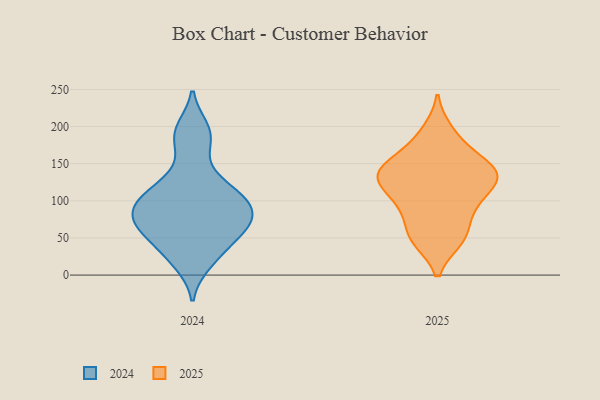
{"axis": {"x": "Latency (ms)", "y": "Value"}, "legend": ["2024", "2025"], "data": [{"x": "", "y": 39, "type": "2024"}, {"x": "", "y": 192, "type": "2024"}, {"x": "", "y": 84, "type": "2024"}, {"x": "", "y": 90, "type": "2024"}, {"x": "", "y": 174, "type": "2024"}, {"x": "", "y": 59, "type": "2024"}, {"x": "", "y": 109, "type": "2024"}, {"x": "", "y": 68, "type": "2024"}, {"x": "", "y": 99, "type": "2024"}, {"x": "", "y": 71, "type": "2024"}, {"x": "", "y": 65, "type": "2024"}, {"x": "", "y": 16, "type": "2024"}, {"x": "", "y": 57, "type": "2024"}, {"x": "", "y": 132, "type": "2024"}, {"x": "", "y": 121, "type": "2024"}, {"x": "", "y": 95, "type": "2024"}, {"x": "", "y": 197, "type": "2024"}, {"x": "", "y": 24, "type": "2024"}, {"x": "", "y": 99, "type": "2024"}, {"x": "", "y": 194, "type": "2025"}, {"x": "", "y": 47, "type": "2025"}, {"x": "", "y": 120, "type": "2025"}, {"x": "", "y": 50, "type": "2025"}, {"x": "", "y": 77, "type": "2025"}, {"x": "", "y": 94, "type": "2025"}, {"x": "", "y": 180, "type": "2025"}, {"x": "", "y": 125, "type": "2025"}, {"x": "", "y": 137, "type": "2025"}, {"x": "", "y": 151, "type": "2025"}, {"x": "", "y": 92, "type": "2025"}, {"x": "", "y": 133, "type": "2025"}, {"x": "", "y": 153, "type": "2025"}, {"x": "", "y": 113, "type": "2025"}, {"x": "", "y": 49, "type": "2025"}, {"x": "", "y": 140, "type": "2025"}, {"x": "", "y": 140, "type": "2025"}]}